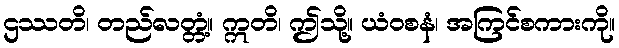
ဌဿတိ၊ တည်လတ္တံ့။ ဣတိ၊ ဤသို့။ ယံဝစနံ၊ အကြင်စကားကို။